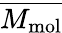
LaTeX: \overline{{M_{\textup{mol}}}}